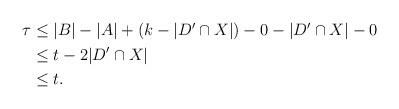
LaTeX: \begin{align*}\begin{aligned}\tau &\leq |B| - |A| + (k - |D'\cap X|) - 0 - |D'\cap X| - 0 \\ &\leq t - 2|D'\cap X| \\ &\leq t.\end{aligned}\end{align*}